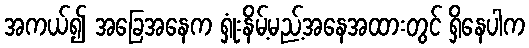
အကယ်၍ အခြေအနေက ရှုံးနိမ့်မည့်အနေအထားတွင် ရှိနေပါက